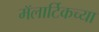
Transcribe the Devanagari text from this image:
मॅलार्टिकच्या